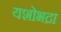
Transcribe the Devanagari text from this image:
यशोभद्रा